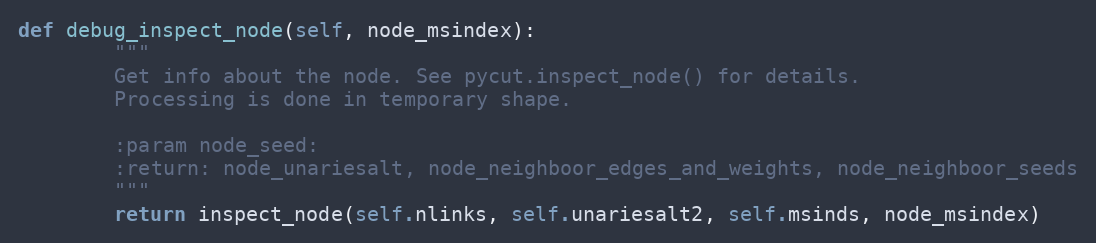
Language: Python
def debug_inspect_node(self, node_msindex):
        """
        Get info about the node. See pycut.inspect_node() for details.
        Processing is done in temporary shape.

        :param node_seed:
        :return: node_unariesalt, node_neighboor_edges_and_weights, node_neighboor_seeds
        """
        return inspect_node(self.nlinks, self.unariesalt2, self.msinds, node_msindex)